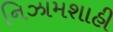
નિઝામશાહી